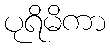
ပုရိမိကာ